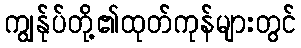
ကျွန်ုပ်တို့၏ထုတ်ကုန်များတွင်